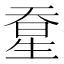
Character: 𰋭